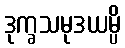
ဒုက္ခသမုဒယမ္ပိ